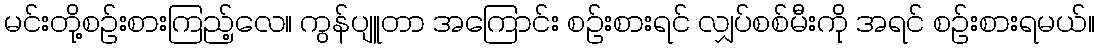
မင်းတို့စဉ်းစားကြည့်လေ။ ကွန်ပျူတာ အကြောင်း စဉ်းစားရင် လျှပ်စစ်မီးကို အရင် စဉ်းစားရမယ်။